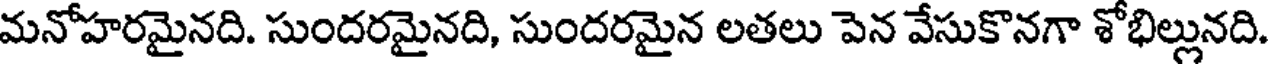
మనోహరమైనది. సుందరమైనది, సుందరమైన లతలు పెన వేసుకొనగా శోభిల్లునది.